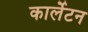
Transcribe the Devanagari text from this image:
कार्लेटन